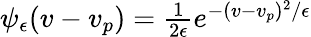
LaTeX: \begin{array}{r}{\psi_{\epsilon}(v-v_{p})=\frac{1}{2\epsilon}e^{-(v-v_{p})^{2}/\epsilon}}\end{array}